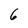
Character: 6